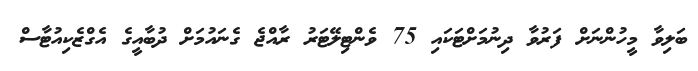
ބަލިވާ މީހުންނަށް ފަރުވާ ދިނުމަށްޓަކައި 75 ވެންޓިލޭޓަރު ރާއްޖެ ގެނައުމަށް ދުބާއީގެ އެގްޒެކިއުޓާސް